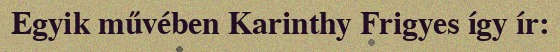
Egyik művében Karinthy Frigyes így ír: